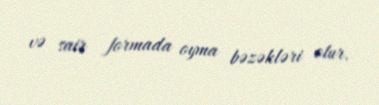
və sair formada oyma bəzəkləri olur.